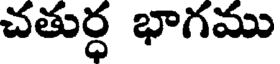
చతుర్ధ భాగము